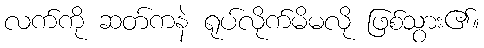
လက်ကို ဆတ်ကနဲ ရုပ်လိုက်မိမလို ဖြစ်သွား၏။